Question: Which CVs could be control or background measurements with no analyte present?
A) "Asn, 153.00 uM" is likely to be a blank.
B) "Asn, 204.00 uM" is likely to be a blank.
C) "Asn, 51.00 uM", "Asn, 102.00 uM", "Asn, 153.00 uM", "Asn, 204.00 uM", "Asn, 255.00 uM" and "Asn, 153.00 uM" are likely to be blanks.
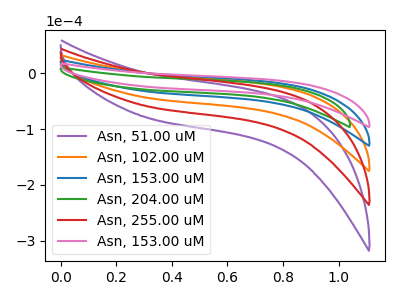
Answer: <think>The purple curve "Asn, 51.00 uM" has no peaks. The orange curve "Asn, 102.00 uM" has no peaks. The blue curve "Asn, 153.00 uM" has no peaks. The green curve "Asn, 204.00 uM" has no peaks. The red curve "Asn, 255.00 uM" has no peaks. The pink curve "Asn, 153.00 uM" has no peaks.</think>
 <answer>C) "Asn, 51.00 uM", "Asn, 102.00 uM", "Asn, 153.00 uM", "Asn, 204.00 uM", "Asn, 255.00 uM" and "Asn, 153.00 uM" are likely to be blanks.</answer>
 <eval>C</eval>